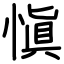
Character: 愼